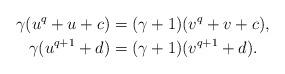
LaTeX: \begin{align*} \gamma (u^q + u + c) &= (\gamma+1) (v^q + v + c),\\ \gamma (u^{q+1} + d) &= (\gamma+1) (v^{q+1} + d).\end{align*}